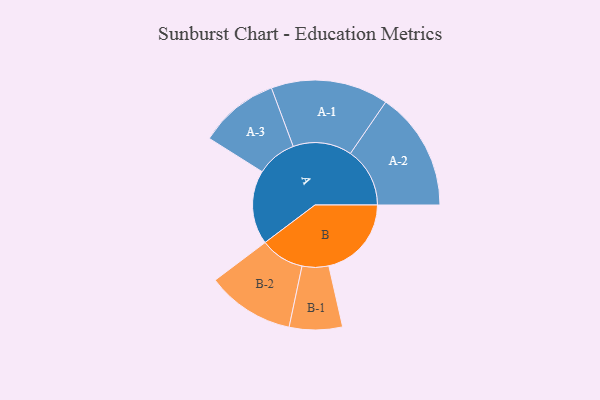
{"axis": {"x": "Segment", "y": "Value"}, "legend": ["", "A", "B"], "data": [{"x": "A", "y": 335, "type": ""}, {"x": "B", "y": 374, "type": ""}, {"x": "A-1", "y": 266, "type": "A"}, {"x": "A-2", "y": 269, "type": "A"}, {"x": "A-3", "y": 181, "type": "A"}, {"x": "B-1", "y": 120, "type": "B"}, {"x": "B-2", "y": 199, "type": "B"}]}